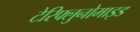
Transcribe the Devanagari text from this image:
टेरिफ्लुनोमाइड